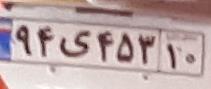
۹۴ی۴۵۳۱۰